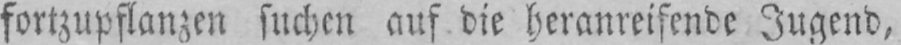
fortzupflanzen suchen auf die heranreifende Jugend,